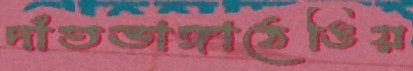
দাঁতভাঙ্গাঠেঙিয়